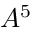
A ^ { 5 }